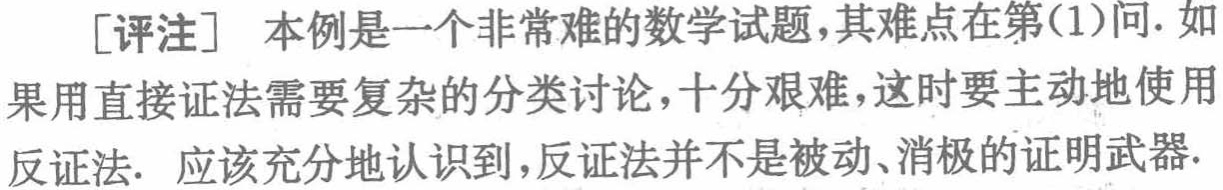
[评注] 本例是一个非常难的数学试题,其难点在第(1)问.如果用直接证法需要复杂的分类讨论,十分艰难,这时要主动地使用反证法. 应该充分地认识到,反证法并不是被动、消极的证明武器.